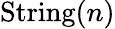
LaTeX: {\mathrm{String}}(n)